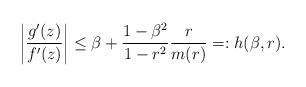
LaTeX: \begin{align*}\left\vert \frac{g'(z)}{f'(z)} \right\vert \leq \beta +\frac{1-\beta^2}{1-r^2} \frac{r}{m(r)} =:h(\beta,r).\end{align*}